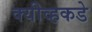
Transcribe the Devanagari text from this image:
क्यीव्हकडे